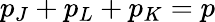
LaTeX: p_{J}+p_{L}+p_{K}=p